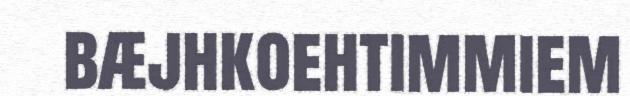
bæjhkoehtimmiem